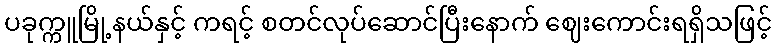
ပခုက္ကူမြို့နယ်နှင့် ကရင့် စတင်လုပ်ဆောင်ပြီးနောက် ဈေးကောင်းရရှိသဖြင့်